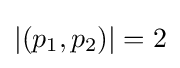
|(p_{1},p_{2})|=2